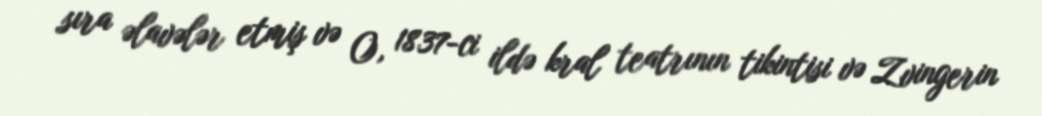
sıra əlavələr etmiş və O, 1837-ci ildə kral teatrının tikintisi və Zvingerin